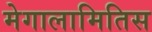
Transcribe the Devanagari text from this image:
मेगालामितिस